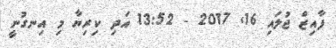
ފާއިޒް ޖުލައި 16